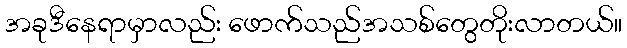
အခုဒီနေရာမှာလည်း ဖောက်သည်အသစ်တွေတိုးလာတယ်။